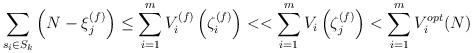
LaTeX: \begin{align*}\sum_{s_i\in S_k}\left(N-\xi_j^{(f)}\right)\leq \sum_{i=1}^m V_i^{(f)}\left(\zeta_i^{(f)}\right)<<\sum_{i=1}^m V_i\left(\zeta_j^{(f)}\right)<\sum_{i=1}^m V_i^{opt}(N)\end{align*}